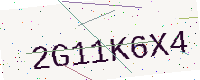
Text: 2G11K6X4